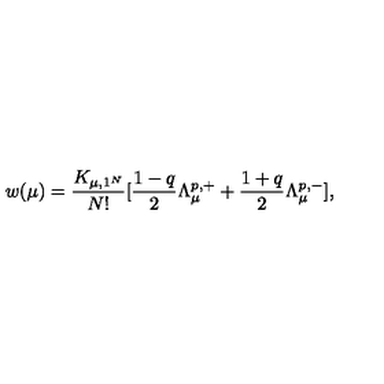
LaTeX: w ( \mu ) = \frac { K _ { \mu , 1 ^ { N } } } { N ! } [ \frac { 1 - q } { 2 } \Lambda _ { \mu } ^ { p , + } + \frac { 1 + q } { 2 } \Lambda _ { \mu } ^ { p , - } ] ,